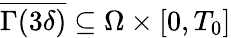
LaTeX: \overline{{\Gamma(3\delta)}}\subseteq\Omega\times[0,T_{0}]